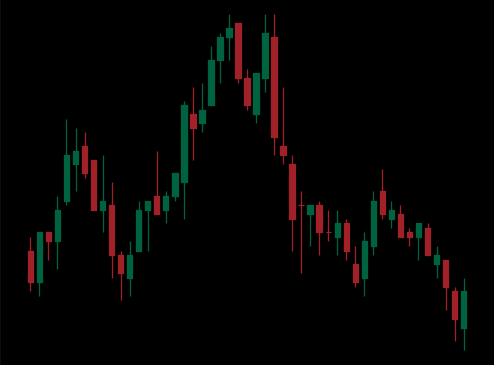
Pattern: head_shoulders